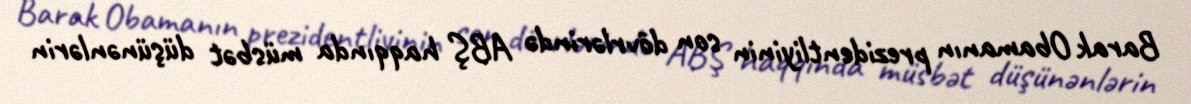
Barak Obamanın prezidentliyinin son dövrlərində ABŞ haqqında müsbət düşünənlərin